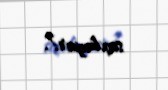
saxlayar?.